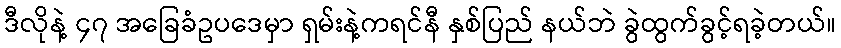
ဒီလိုနဲ့ ၄၇ အခြေခံဥပဒေမှာ ရှမ်းနဲ့ကရင်နီ နှစ်ပြည် နယ်ဘဲ ခွဲထွက်ခွင့်ရခဲ့တယ်။